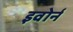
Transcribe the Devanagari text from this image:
इवोर्न